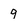
Character: q